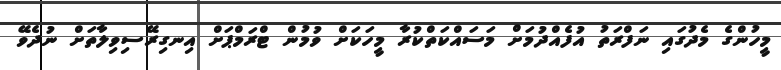
މީހުންގެ މެދުގައި ނަފްރަތު އުފެއްދުމަށް މަސައްކަތްކުރާ މީހަކަށް ވުމުން ޓްރަމްޕަށް އިނގިރޭސިވިލާތަށް ނުދެވޭ